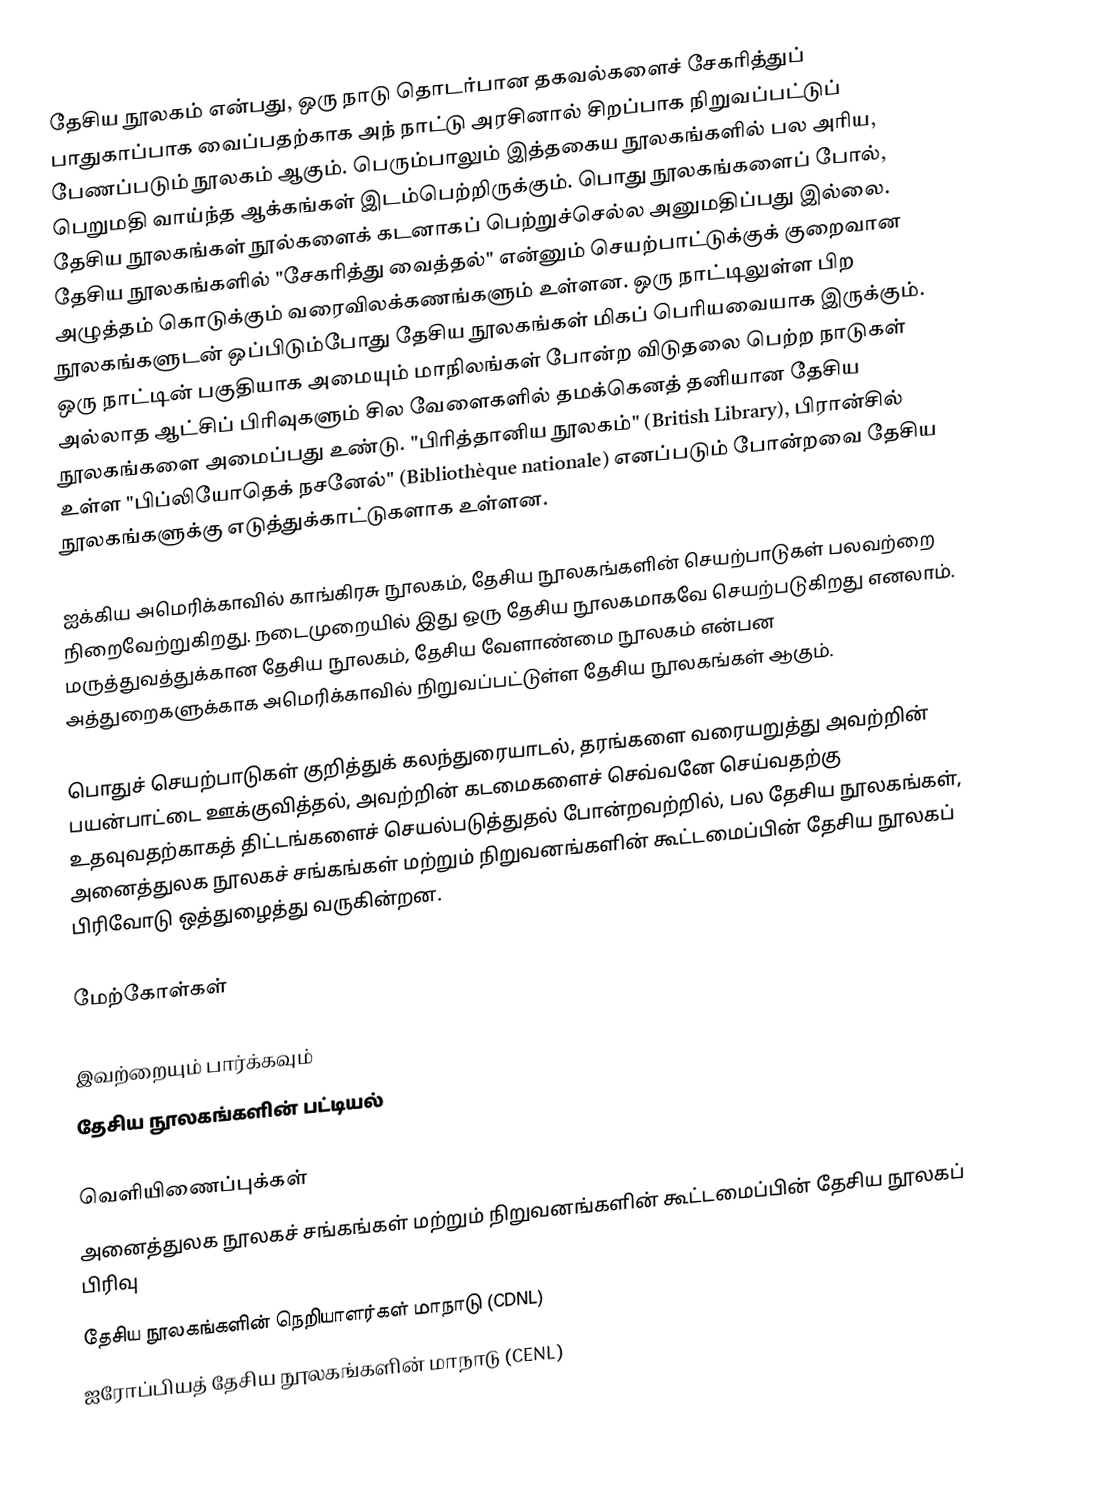
தேசிய நூலகம் என்பது, ஒரு நாடு தொடர்பான தகவல்களைச் சேகரித்துப் பாதுகாப்பாக வைப்பதற்காக அந் நாட்டு அரசினால் சிறப்பாக நிறுவப்பட்டுப் பேணப்படும் நூலகம் ஆகும். பெரும்பாலும் இத்தகைய நூலகங்களில் பல அரிய, பெறுமதி வாய்ந்த ஆக்கங்கள் இடம்பெற்றிருக்கும். பொது நூலகங்களைப் போல், தேசிய நூலகங்கள் நூல்களைக் கடனாகப் பெற்றுச்செல்ல அனுமதிப்பது இல்லை. தேசிய நூலகங்களில் "சேகரித்து வைத்தல்" என்னும் செயற்பாட்டுக்குக் குறைவான அழுத்தம் கொடுக்கும் வரைவிலக்கணங்களும் உள்ளன. ஒரு நாட்டிலுள்ள பிற நூலகங்களுடன் ஒப்பிடும்போது தேசிய நூலகங்கள் மிகப் பெரியவையாக இருக்கும். ஒரு நாட்டின் பகுதியாக அமையும் மாநிலங்கள் போன்ற விடுதலை பெற்ற நாடுகள் அல்லாத ஆட்சிப் பிரிவுகளும் சில வேளைகளில் தமக்கெனத் தனியான தேசிய நூலகங்களை அமைப்பது உண்டு. "பிரித்தானிய நூலகம்" (British Library), பிரான்சில் உள்ள "பிப்லியோதெக் நசனேல்" (Bibliothèque nationale) எனப்படும் போன்றவை தேசிய நூலகங்களுக்கு எடுத்துக்காட்டுகளாக உள்ளன.

ஐக்கிய அமெரிக்காவில் காங்கிரசு நூலகம், தேசிய நூலகங்களின் செயற்பாடுகள் பலவற்றை நிறைவேற்றுகிறது. நடைமுறையில் இது ஒரு தேசிய நூலகமாகவே செயற்படுகிறது எனலாம். மருத்துவத்துக்கான தேசிய நூலகம், தேசிய வேளாண்மை நூலகம் என்பன அத்துறைகளுக்காக அமெரிக்காவில் நிறுவப்பட்டுள்ள தேசிய நூலகங்கள் ஆகும்.

பொதுச் செயற்பாடுகள் குறித்துக் கலந்துரையாடல், தரங்களை வரையறுத்து அவற்றின் பயன்பாட்டை ஊக்குவித்தல், அவற்றின் கடமைகளைச் செவ்வனே செய்வதற்கு உதவுவதற்காகத் திட்டங்களைச் செயல்படுத்துதல் போன்றவற்றில், பல தேசிய நூலகங்கள், அனைத்துலக நூலகச் சங்கங்கள் மற்றும் நிறுவனங்களின் கூட்டமைப்பின் தேசிய நூலகப் பிரிவோடு ஒத்துழைத்து வருகின்றன.

மேற்கோள்கள்

இவற்றையும் பார்க்கவும்
 தேசிய நூலகங்களின் பட்டியல்

வெளியிணைப்புக்கள்
 அனைத்துலக நூலகச் சங்கங்கள் மற்றும் நிறுவனங்களின் கூட்டமைப்பின் தேசிய நூலகப் பிரிவு
 தேசிய நூலகங்களின் நெறியாளர்கள் மாநாடு (CDNL)
 ஐரோப்பியத் தேசிய நூலகங்களின் மாநாடு (CENL)